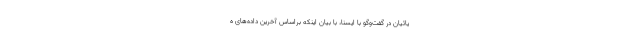
یائیان در گفت‌وگو با ایسنا، با بیان اینکه براساس آخرین داده‌های ه